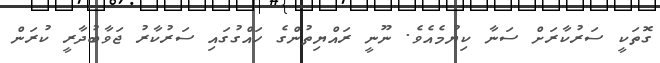
ގޮތަކީ ސަރުކާރަށް ސަނާ ކިޔުމެއެވެ. ނޫނީ ރައްޔިތުންގެ ހައްގުގައި ސަރުކާރު ޖަވާބުދާރީ ކުރަން